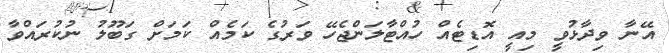
އޭނާ ވިދާޅުވީ މިއީ އޮޑިޓެއް ހުއްޓާލަންޖެހޭ ވަރުގެ ކަމެއް ކަމަށް ގަބޫލު ނުކުރައްވާ